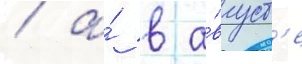
/ а́ в а́вгуст'е